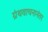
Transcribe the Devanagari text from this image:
ग्रंथवाचनानंतर